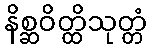
နိစ္ဆဝိတ္ထိသုတ္တံ